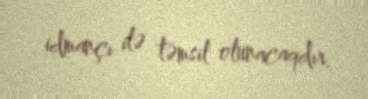
idmançı ilə təmsil olunacaqdır.